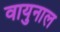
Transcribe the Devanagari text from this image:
वायुनाल